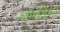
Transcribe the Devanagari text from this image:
समाधिस्त्